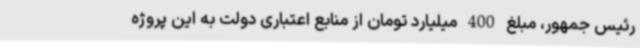
رئیس جمهور، مبلغ 400 میلیارد تومان از منابع اعتباری دولت به این پروژه